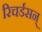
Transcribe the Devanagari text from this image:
रिचर्डसन्